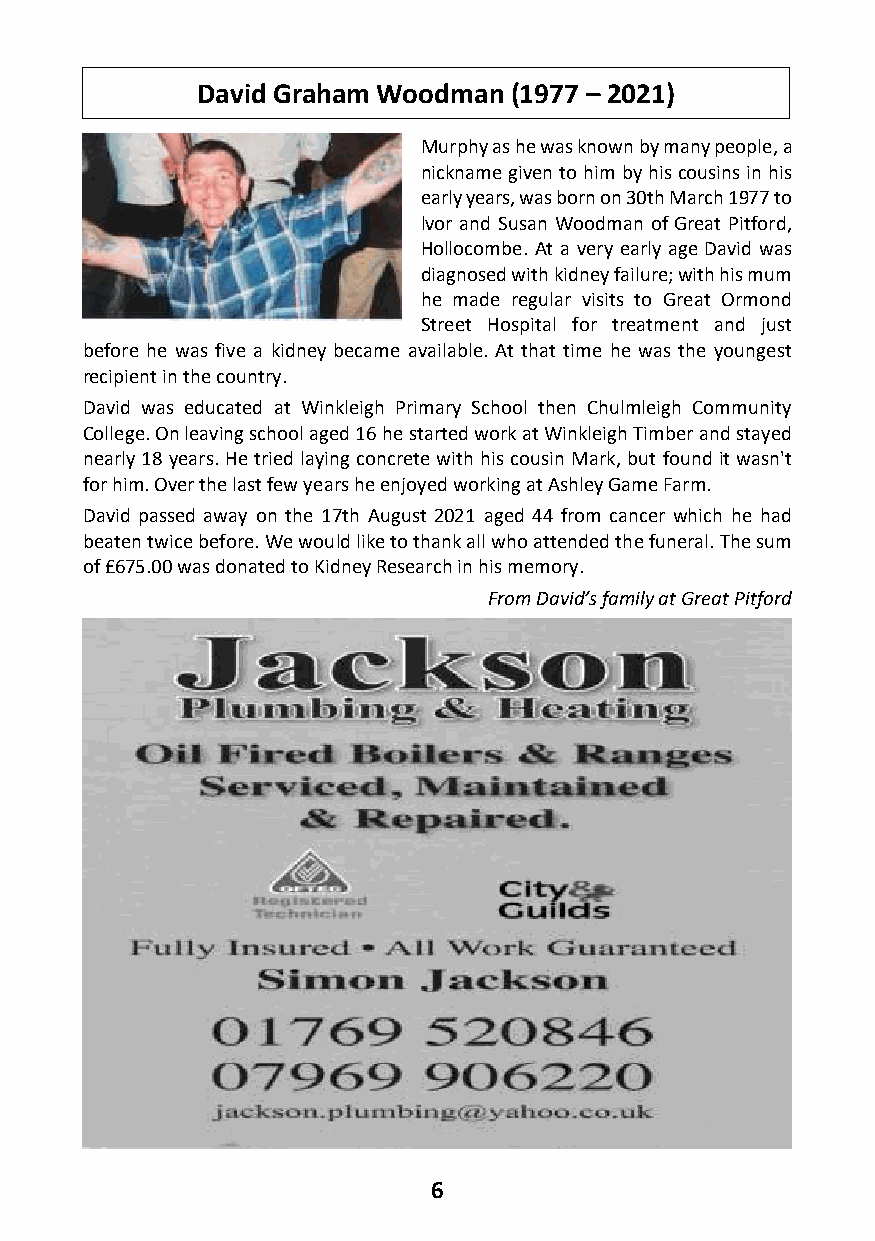
David Graham Woodman (1977 – 2021)
 Murphy as he was known by many people, a
 nickname given to him by his cousins in his
 early years, was born on 30th March 1977 to
 lvor and Susan Woodman of Great Pitford,
 Hollocombe. At a very early age David was
 diagnosed with kidney failure; with his mum
 he made regular visits to Great Ormond
 Street Hospital for treatment and just
 before he was five a kidney became available. At that time he was the youngest
 recipient in the country.
 David was educated at Winkleigh Primary School then Chulmleigh Community
 College. On leaving school aged 16 he started work at Winkleigh Timber and stayed
 nearly 18 years. He tried laying concrete with his cousin Mark, but found it wasn't
 for him. Over the last few years he enjoyed working at Ashley Game Farm.
 David passed away on the 17th August 2021 aged 44 from cancer which he had
 beaten twice before. We would like to thank all who attended the funeral. The sum
 of £675.00 was donated to Kidney Research in his memory.
 From David’s family at Great Pitford
 6